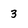
Character: 3